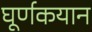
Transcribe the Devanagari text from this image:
घूर्णकयान